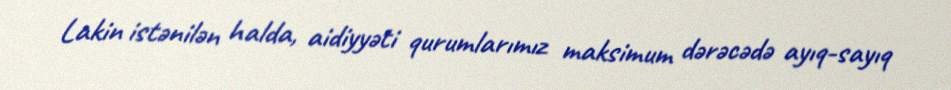
Lakin istənilən halda, aidiyyəti qurumlarımız maksimum dərəcədə ayıq-sayıq